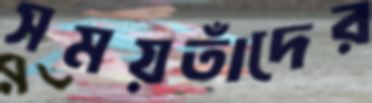
সময়তাঁদের